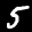
Label: 5